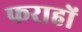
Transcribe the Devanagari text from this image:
फराहों